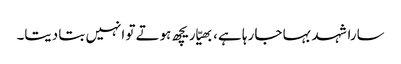
سارا شہد بہا جا رہا ہے، بھیّا ریچھ ہوتے تو انہیں بتا دیتا۔